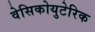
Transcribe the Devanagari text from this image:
वेसिकोयुटेरिक